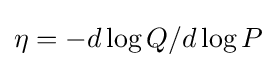
\eta =-d\log Q/d\log P